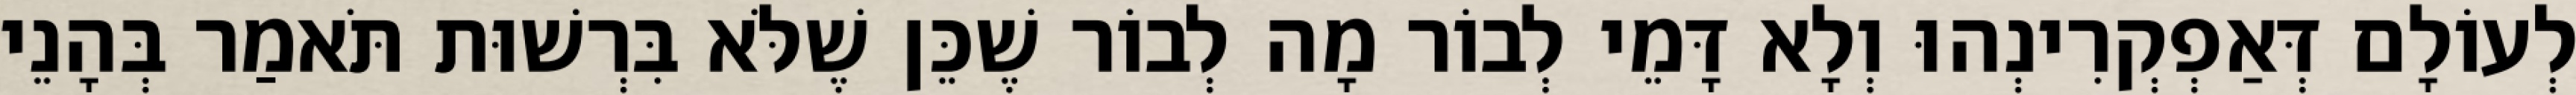
לְעוֹלָם דְּאַפְקְרִינְהוּ וְלָא דָּמֵי לְבוֹר מָה לְבוֹר שֶׁכֵּן שֶׁלֹּא בִּרְשׁוּת תֹּאמַר בְּהָנֵי